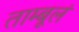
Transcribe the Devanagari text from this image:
ताम्बूलं